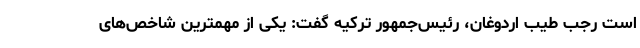
است رجب طیب اردوغان، رئیس‌جمهور ترکیه گفت: یکی از مهمترین شاخص‌های